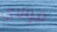
مولاى